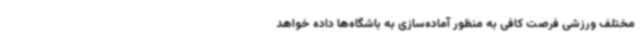
مختلف ورزشی فرصت کافی به منظور آماده‌سازی به باشگاه‌ها داده خواهد